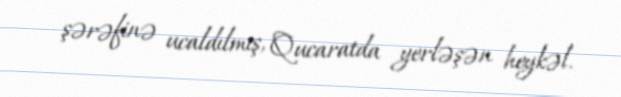
şərəfinə ucaldılmış, Qucaratda yerləşən heykəl.